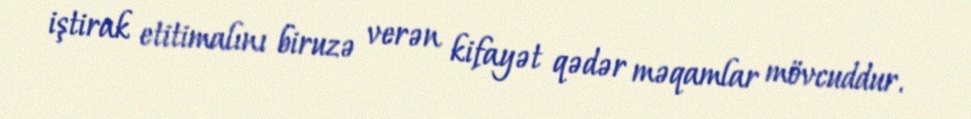
iştirak etitimalını biruzə verən kifayət qədər məqamlar mövcuddur.